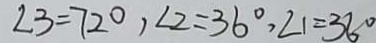
\angle 3 = 7 2 ^ { \circ } , \angle 2 = 3 6 ^ { \circ } , \angle 1 = 3 6 ^ { \circ }